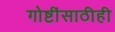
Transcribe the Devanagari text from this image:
गोष्टींसाठीही